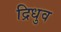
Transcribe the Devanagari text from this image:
द्रिधुव